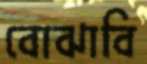
বোঝাবি